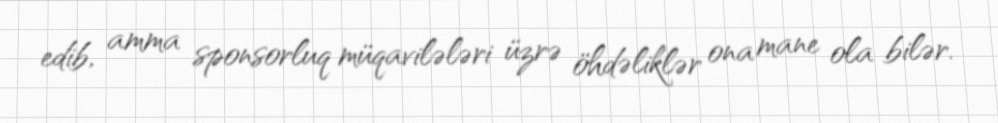
edib, amma sponsorluq müqavilələri üzrə öhdəliklər ona mane ola bilər.